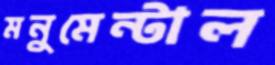
মনুমেন্টাল